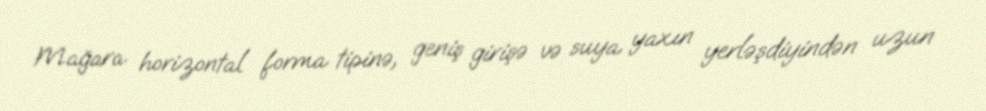
Mağara horizontal forma tipinə, geniş girişə və suya yaxın yerləşdiyindən uzun